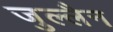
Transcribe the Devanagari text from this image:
जुल्लैन